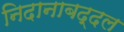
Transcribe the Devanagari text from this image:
निदानाबद्दल